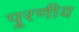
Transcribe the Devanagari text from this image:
पूरणीय